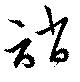
誚